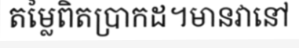
តម្លៃពិតប្រាកដ។មានវានៅ